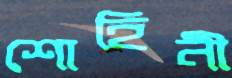
শোহিনী